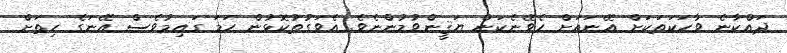
ދައްކާނެ ވާހަކަތަކަށް އޭނައަށް ހެވޭނެކަން ޔަޤީންވުމުންނެވެ. އެވަގުތުކޮޅުން ހަމަ ގައިމުވެސް އޭނަގެ ހިތަށް